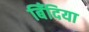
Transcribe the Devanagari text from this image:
बिँदिया